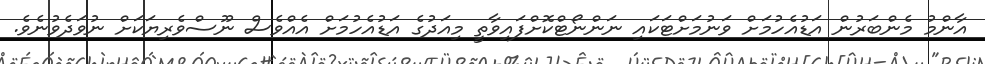
އާންމު މެންބަރުން އަޑުއެހުމަށް ވަނުމަށްޓަކައި ނަންނޯޓްކޮށްފައިވާތީ މިއަދުގެ އަޑުއެހުމަށް އެއްވެސް ނޫސްވެރިޔަކަށް ނުވަދެވުނެވެ.